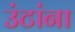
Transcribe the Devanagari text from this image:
उंटांना